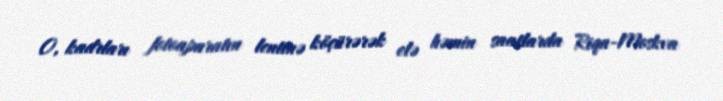
O, kadrları fotoaparatın lentinə köçürərək elə həmin saatlarda Riqa-Moskva